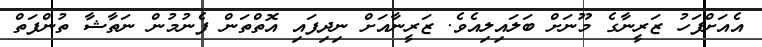
އެއަށްފަހު ޒަރީނާގެ މޫނަށް ބަލައިލިއެވެ. ޒަރީނާއަށް ނިދިފައި އޮތްތަން ފެނުމުން ނަތާޝާ ތުންފަތް